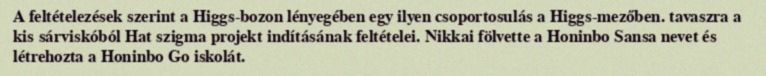
A feltételezések szerint a Higgs-bozon lényegében egy ilyen csoportosulás a Higgs-mezőben. tavaszra a kis sárviskóból Hat szigma projekt indításának feltételei. Nikkai fölvette a Honinbo Sansa nevet és létrehozta a Honinbo Go iskolát.